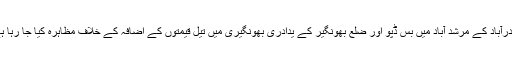
حیدرآباد کے مرشد آباد میں بس ڈپو اور ضلع بھونگیر کے یدادری بھونگیری میں تیل قیمتوں کے اضافہ کے خلاف مظاہرہ کیا جا رہا ہے۔